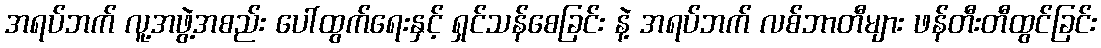
အရပ်ဘက် လူ့အဖွဲ့အစည်း ပေါ်ထွက်ရေးနှင့် ရှင်သန်စေခြင်း နဲ့ အရပ်ဘက် လစ်ဘာတီများ ဖန်တီးတီထွင်ခြင်း